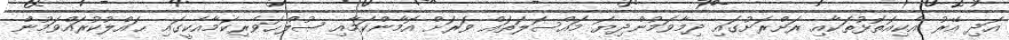
އަދި އޭރު އެކިއަތޮޅުތަކާއި ރަށްރަށުގައި ދިމާވަމުންދިޔަ މައްސަލަތައް ވަރަށް އޮމާންކަމާއި ޞުލްޙަވެރިކަމާއެކީގައި ޙައްލުކުރައްވަމުން